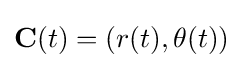
\mathbf {C} (t)=(r(t),\theta (t))